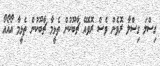
ގިސްލަ ގިސްލާ ރޮވެން ވެސް ރޮވެއޭ ޗާބޫކުން ތެޅީމާ ޗާބޫކުން ތެޅީމާ އޯއޯއޯ